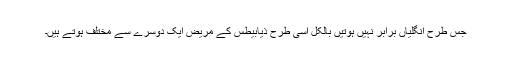
جس طرح انگلیاں برابر نہیں ہوتیں بالکل اسی طرح ذیابیطس کے مریض ایک دوسرے سے مختلف ہوتے ہیں۔